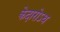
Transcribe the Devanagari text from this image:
केदारोऽथ